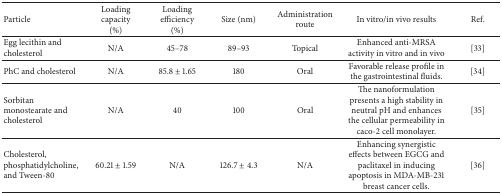
<table><thead><tr><td><b>Particle</b></td><td><b>Loading capacity(%)</b></td><td><b>Loading efficiency(%)</b></td><td><b>Size (nm)</b></td><td><b>Administration route </b></td><td><b>In vitro/in vivo results</b></td><td><b>Ref.</b></td></tr></thead><tbody><tr><td>Egg lecithin and cholesterol</td><td>N/A</td><td>45–78</td><td>89–93</td><td>Topical</td><td>Enhanced anti-MRSA activity in vitro and in vivo</td><td>[33]</td></tr><tr><td>PhC and cholesterol</td><td>N/A</td><td>85.8 ± 1.65</td><td>180</td><td>Oral</td><td>Favorable release profile in the gastrointestinal fluids.</td><td>[34]</td></tr><tr><td>Sorbitan monostearate and cholesterol</td><td>N/A</td><td>40</td><td>100</td><td>Oral</td><td>The nanoformulation presents a high stability in neutral pH and enhances the cellular permeability in caco-2 cell monolayer.</td><td>[35]</td></tr><tr><td>Cholesterol, phosphatidylcholine, and Tween-80</td><td>60.21 ± 1.59</td><td>N/A</td><td>126.7 ± 4.3</td><td>N/A</td><td>Enhancing synergistic effects between EGCG and paclitaxel in inducing apoptosis in MDA-MB-231 breast cancer cells.</td><td>[36]</td></tr></tbody></table>